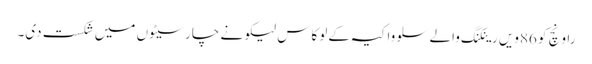
راونچ کو 86ویں رینکنگ والے سلوواکیہ کے لوکاس لیکو نے چار سیٹوں میں شکست دی۔